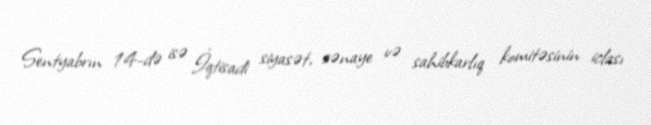
Sentyabrın 14-də isə İqtisadi siyasət, sənaye və sahibkarlıq komitəsinin iclası